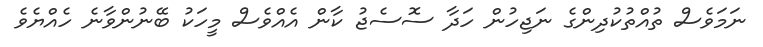
ނަމަވެސް ތުއްތުކުދިންގެ ނަޖިހުން ހަދާ ސޮސެޖު ކާން އެއްވެސް މީހަކު ބޭނުންވާނެ ހެއްޔެވެ